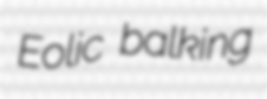
Eolic balking